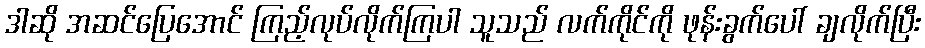
ဒါဆို အဆင်ပြေအောင် ကြည့်လုပ်လိုက်ကြပါ သူသည် လက်ကိုင်ကို ဖုန်းခွက်ပေါ် ချလိုက်ပြီး